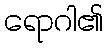
ရောဂါ၏